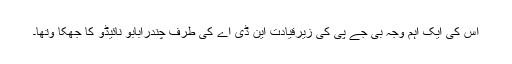
اس کی ایک اہم وجہ بی جے پی کی زیرقیادت این ڈی اے کی طرف چندرابابو نائیڈو کا جھکا ؤتھا۔